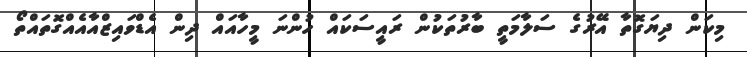
މިކަން ދިޔަގޮތާ އޭރުގެ ސަލާމަތީ ބާރުތަކުން ރައީސަކައް ހުންނަ މީހާއައް ދިން އެޑްވައިޒްއާއެއްގޮތައްތޯ